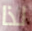
لذا